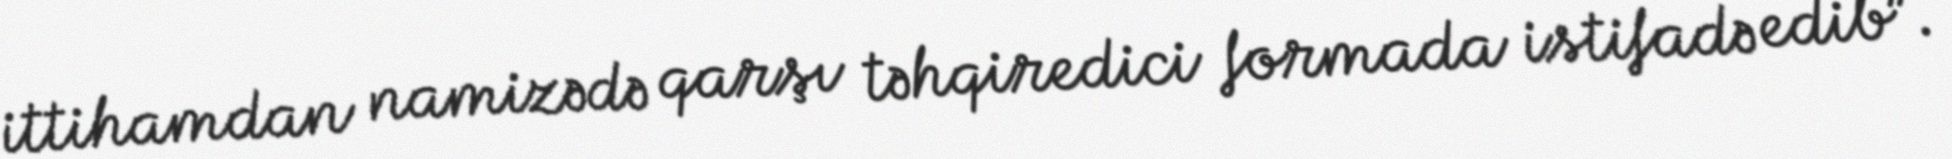
ittihamdan namizədə qarşı təhqiredici formada istifadə edib”.